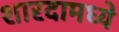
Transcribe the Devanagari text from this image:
शारदामध्ये